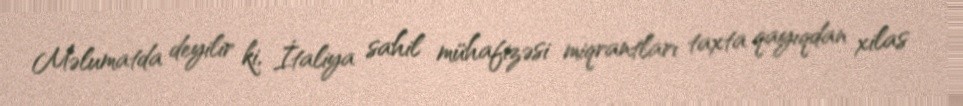
Məlumatda deyilir ki, İtaliya sahil mühafizəsi miqrantları taxta qayıqdan xilas